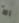
الأ